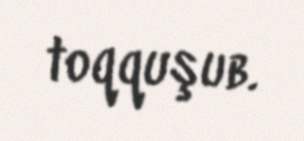
toqquşub.